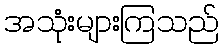
အသုံးများကြသည်